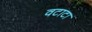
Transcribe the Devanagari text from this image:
वटाटा